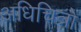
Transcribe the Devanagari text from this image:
अधिचित्रों